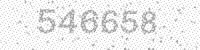
Solution: 546658